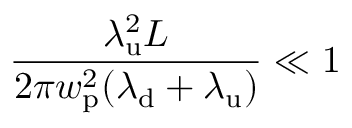
\frac { \lambda _ { \mathrm { u } } ^ { 2 } L } { 2 \pi w _ { \mathrm { p } } ^ { 2 } ( \lambda _ { \mathrm { d } } + \lambda _ { \mathrm { u } } ) } \ll 1